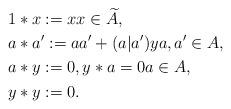
LaTeX: \begin{align*}&1*x:=x x \in \widetilde{A},\\&a*a':=aa'+(a|a')y a,a' \in A,\\&a*y:=0, y*a=0 a \in A, \\&y*y:=0. \end{align*}